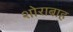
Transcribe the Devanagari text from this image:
शोराबाह